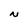
Character: N